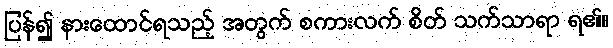
ပြန်၍ နားထောင်ရသည့် အတွက် စကားလက် စိတ် သက်သာရာ ရ၏။